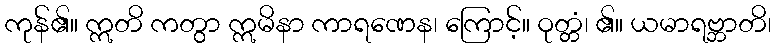
ကုန်၏။ ဣတိ ကတွာ ဣမိနာ ကာရဏေန၊ ကြောင့်။ ဝုတ္တံ၊ ၏။ ယမာရဗ္ဘာတိ၊